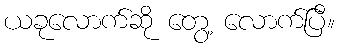
ယခုလောက်ဆို တွေ့ လောက်ပြီ။